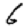
Digit: 6